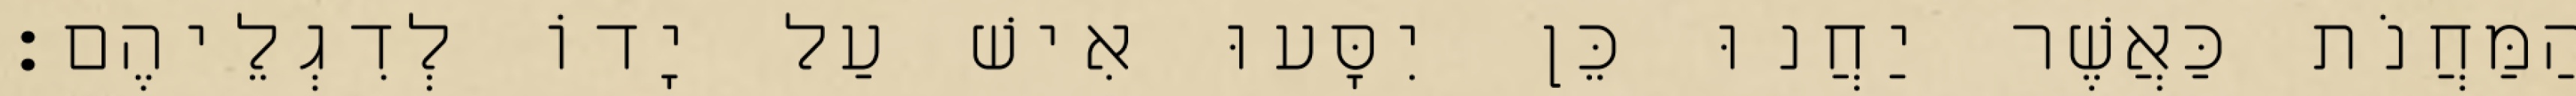
הַמַּחֲנֹת כַּאֲשֶׁר יַחֲנוּ כֵּן יִסָּעוּ אִישׁ עַל יָדוֹ לְדִגְלֵיהֶם׃